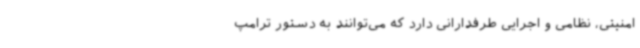
امنیتی، نظامی و اجرایی طرفدارانی دارد که می‌توانند به دستور ترامپ